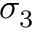
\sigma _ { 3 }